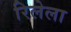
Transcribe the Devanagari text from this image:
रिलेला